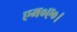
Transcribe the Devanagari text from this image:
एम०ए०।